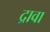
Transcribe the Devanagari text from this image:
द्रावा